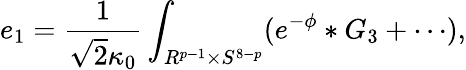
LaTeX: e_{1}=\frac{1}{\sqrt{2}\kappa_{0}}\int_{R^{p-1}\times S^{8-p}}(e^{-\phi}\ast G_{3}+\cdots),